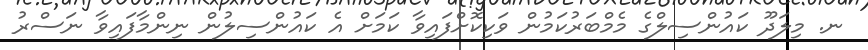
ނ. މިލަދޫ ކައުންސިލްގެ މެމްބަރުކަމުން ވަކިކޮށްފައިވާ ކަމަށް އެ ކައުންސިލުން ނިންމާފައިވާ ނަސްރު